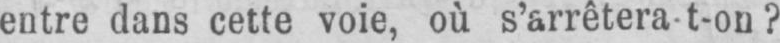
entre dans cette voie, où s’arrêtera-t-on?